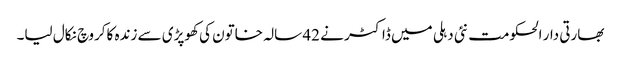
بھارتی دار الحکومت نئی دہلی میں ڈاکٹر نے 42 سالہ خاتون کی کھوپڑی سے زندہ کاکروچ نکال لیا۔